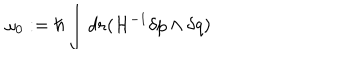
\omega _ { 0 } : = \hbar \int d { \bf r } ( { \cal H } ^ { - 1 } \delta p \wedge \delta q )